38_143685_box7_Incident_Summaries_1-100
Agency: Department of War
Page 103
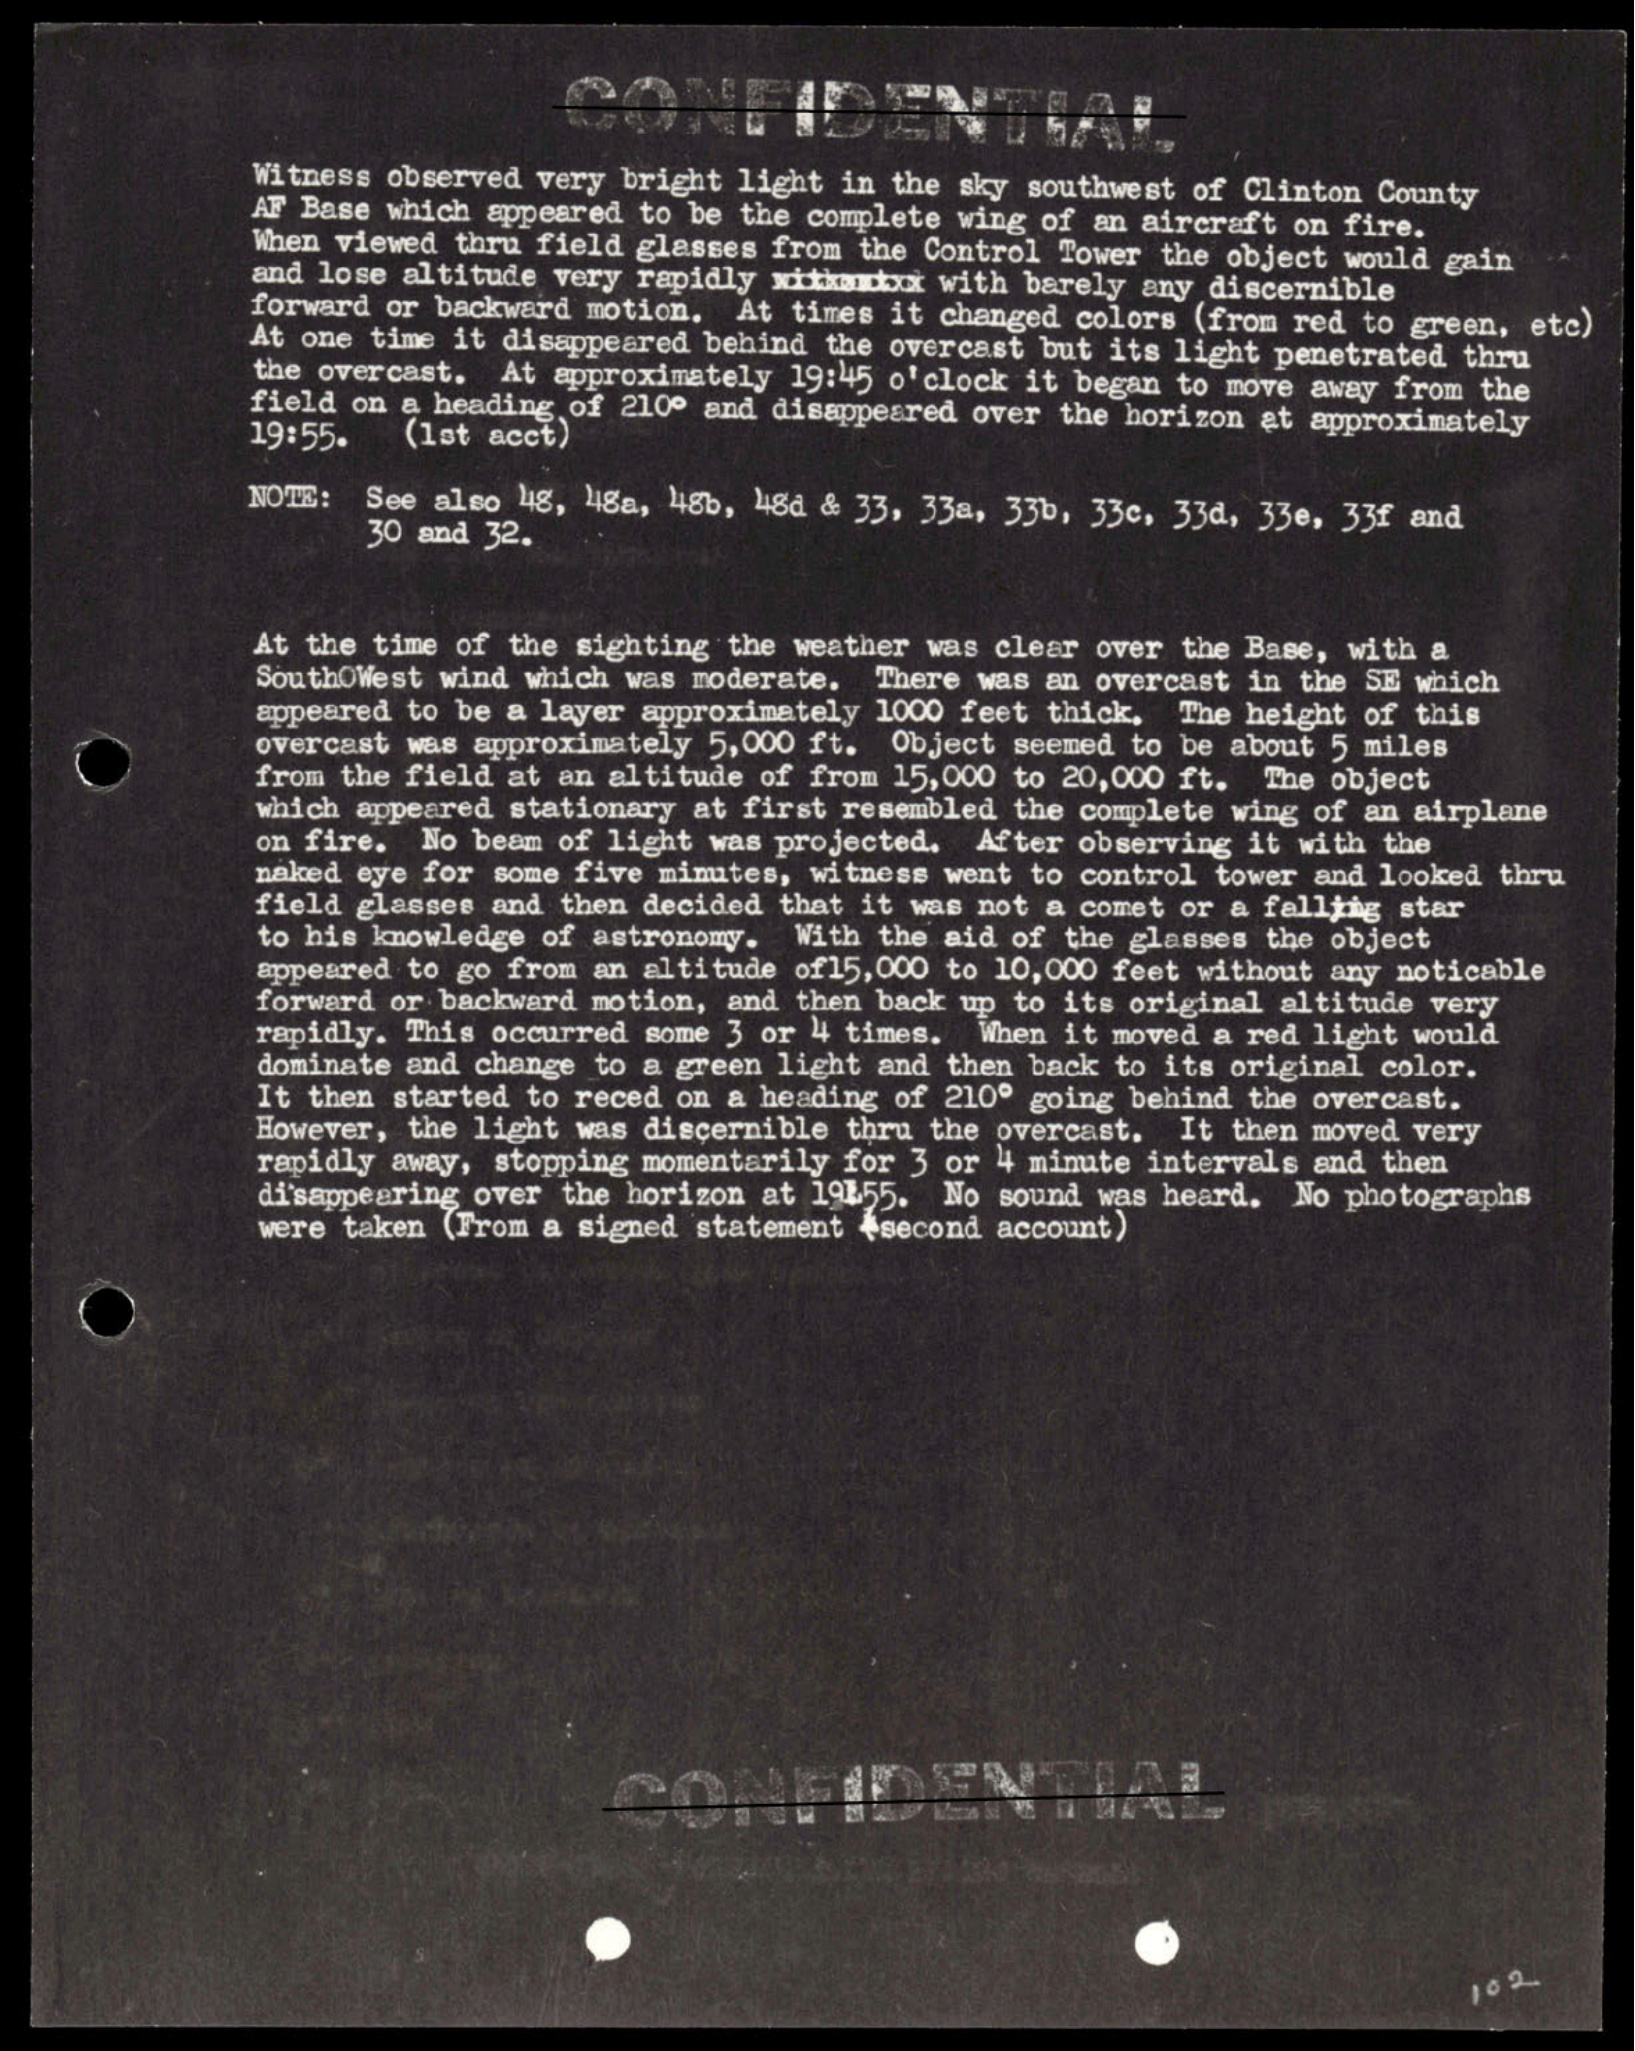